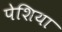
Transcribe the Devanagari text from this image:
पेशिया